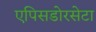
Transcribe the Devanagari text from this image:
एपिसडोरसेटा